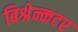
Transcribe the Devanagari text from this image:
बिश्रेन्कटर